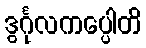
ဒွင်္ဂုလကပ္ပေါတိ